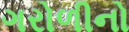
ગરોળીનો